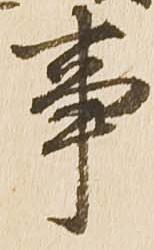
事